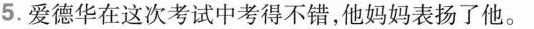
5.爱德华在这次考试中考得不错，他妈妈表扬了他。